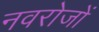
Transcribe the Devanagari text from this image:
नवरोजों